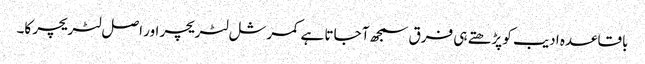
باقاعدہ ادیب کو پڑھتے ہی فرق سمجھ آ جاتا ہے کمرشل لٹریچر اور اصل لٹریچر کا۔